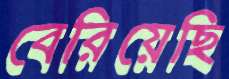
বেরিয়েছি